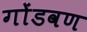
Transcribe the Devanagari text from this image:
गोंडवण